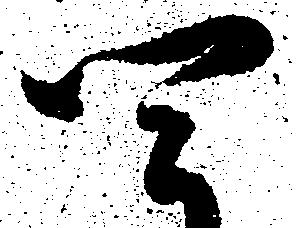
四